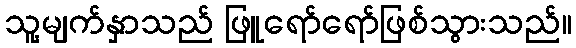
သူ့မျက်နှာသည် ဖြူရော်ရော်ဖြစ်သွားသည်။